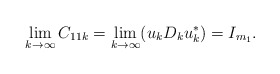
\begin{align*} & \lim_{k \to \infty}C_{11 k} =\lim_{k \to \infty}(u_k D_k u_k^*)=I_{m_1}. \end{align*}